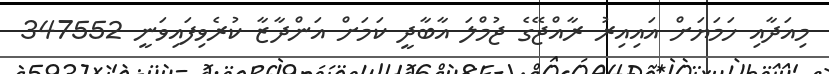
މިއަދާއި ހަމަޔަށް އައިއިރު ރާއްޖޭގެ ޖުމްލަ އާބާދީ ކަމަށް އަންދާޒާ ކުރެވިފައިވަނީ 347552